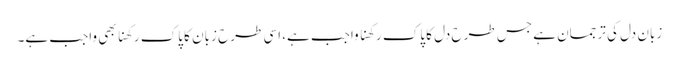
زبان دل کی ترجمان ہے جس طرح دل کا پاک رکھنا واجب ہے، اسی طرح زبان کا پاک رکھنا بھی واجب ہے۔